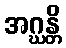
အဂ္ဃန္တိ